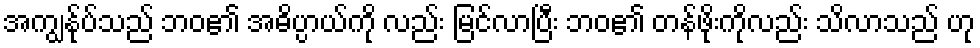
အကျွန်ုပ်သည် ဘဝ၏ အဓိပ္ပာယ်ကို လည်း မြင်လာပြီး ဘဝ၏ တန်ဖိုးကိုလည်း သိလာသည် ဟု